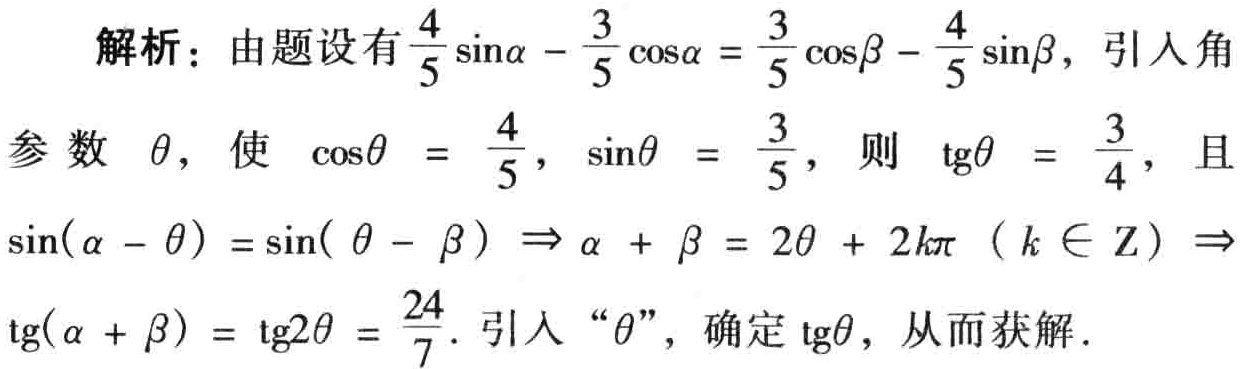
解析：由题设有\(\frac{4}{5}\sin\alpha - \frac{3}{5}\cos\alpha = \frac{3}{5}\cos\beta - \frac{4}{5}\sin\beta\)，引入角
参数\(\theta\)，使\(\cos\theta = \frac{4}{5}\)，\(\sin\theta = \frac{3}{5}\)，则\(\mathrm{tg}\theta = \frac{3}{4}\)，且
\(\sin(\alpha - \theta) = \sin(\theta - \beta) \Rightarrow \alpha + \beta = 2\theta + 2k\pi\ (k \in \mathrm{Z}) \Rightarrow\)
\(\mathrm{tg}(\alpha + \beta) = \mathrm{tg}2\theta = \frac{24}{7}\). 引入“\(\theta\)”，确定\(\mathrm{tg}\theta\)，从而获解.